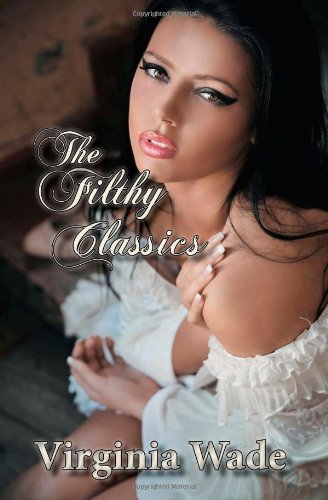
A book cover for The Filthy Classics: A modern, erotic adaptation of Jane Austen; Virginia Wade; Romance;